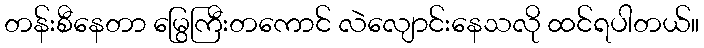
တန်းစီနေတာ မြွေကြီးတကောင် လဲလျောင်းနေသလို ထင်ရပါတယ်။